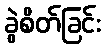
ခွဲစိတ်ခြင်း